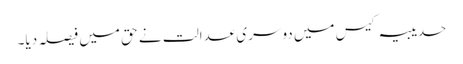
حدیبیہ کیس میں دوسری عدالت نے حق میں فیصلہ دیا۔